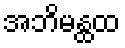
အဘိမန္ထထ